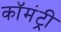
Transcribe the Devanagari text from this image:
कॉमंट्री